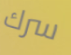
سرك